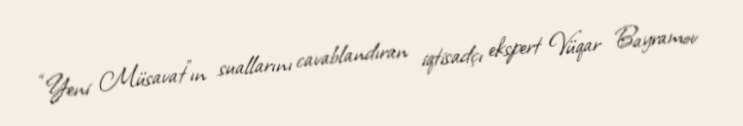
“Yeni Müsavat”ın suallarını cavablandıran iqtisadçı ekspert Vüqar Bayramov